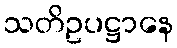
သတိဥပဋ္ဌာနေ